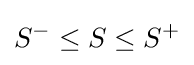
S^{-}\leq S\leq S^{+}